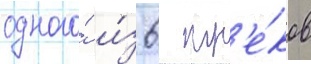
одного́ и́з 6 тр'е́ков